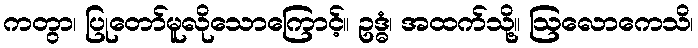
ကတွာ၊ ပြုတော်မူလိုသောကြောင့်။ ဥဒ္ဓံ၊ အထက်သို့။ ဩလောကေသိ၊